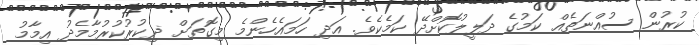
ކުރުން ސުއްނަތެއް ކަމުގެ ދަލީލުކޮށްދޭ ކަމެކެވެ. އަދި ހަމައެހެންމެ މިގޮތަށް ޛިކުރުކުރުމާމެދު އިމާމު